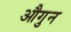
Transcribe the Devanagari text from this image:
औगुन